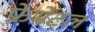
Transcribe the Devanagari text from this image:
फ्रेमेंटल